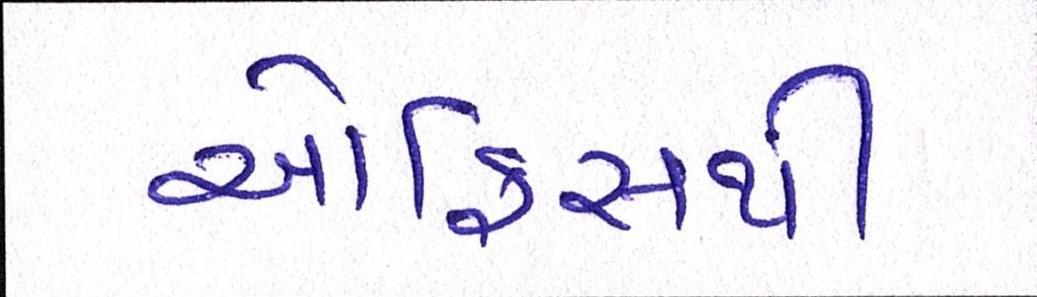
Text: ઓફિસથી